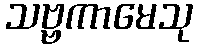
သဗ္ဗကာမေသု